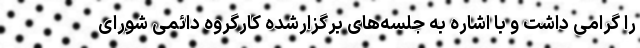
را گرامی داشت و با اشاره به جلسه‌های برگزارشده کارگروه دائمی شورای